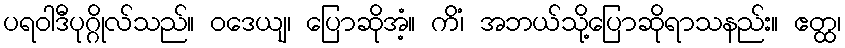
ပရဝါဒီပုဂ္ဂိုလ်သည်။ ဝဒေယျ၊ ပြောဆိုအံ့။ ကိံ၊ အဘယ်သို့ပြောဆိုရာသနည်း။ ဧတ္ထ၊